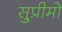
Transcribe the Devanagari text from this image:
सु्प्रीमो